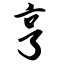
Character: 亨